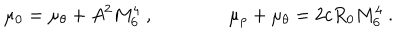
\mu _ { 0 } = \mu _ { \theta } + A ^ { 2 } M _ { 6 } ^ { 4 } \ , \qquad \qquad \mu _ { \rho } + \mu _ { \theta } = 2 c R _ { 0 } M _ { 6 } ^ { 4 } \ .